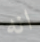
انه